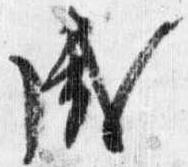
盛